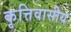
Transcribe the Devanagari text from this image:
कृत्तिवासीय